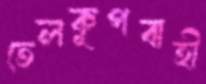
তেলকূপবাহী